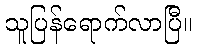
သူပြန်ရောက်လာပြီ။